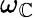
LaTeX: \omega_{\mathbb{C}}